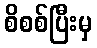
စိစစ်ပြီးမှ